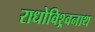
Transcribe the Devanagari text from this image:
राधोविश्र्वनाथ